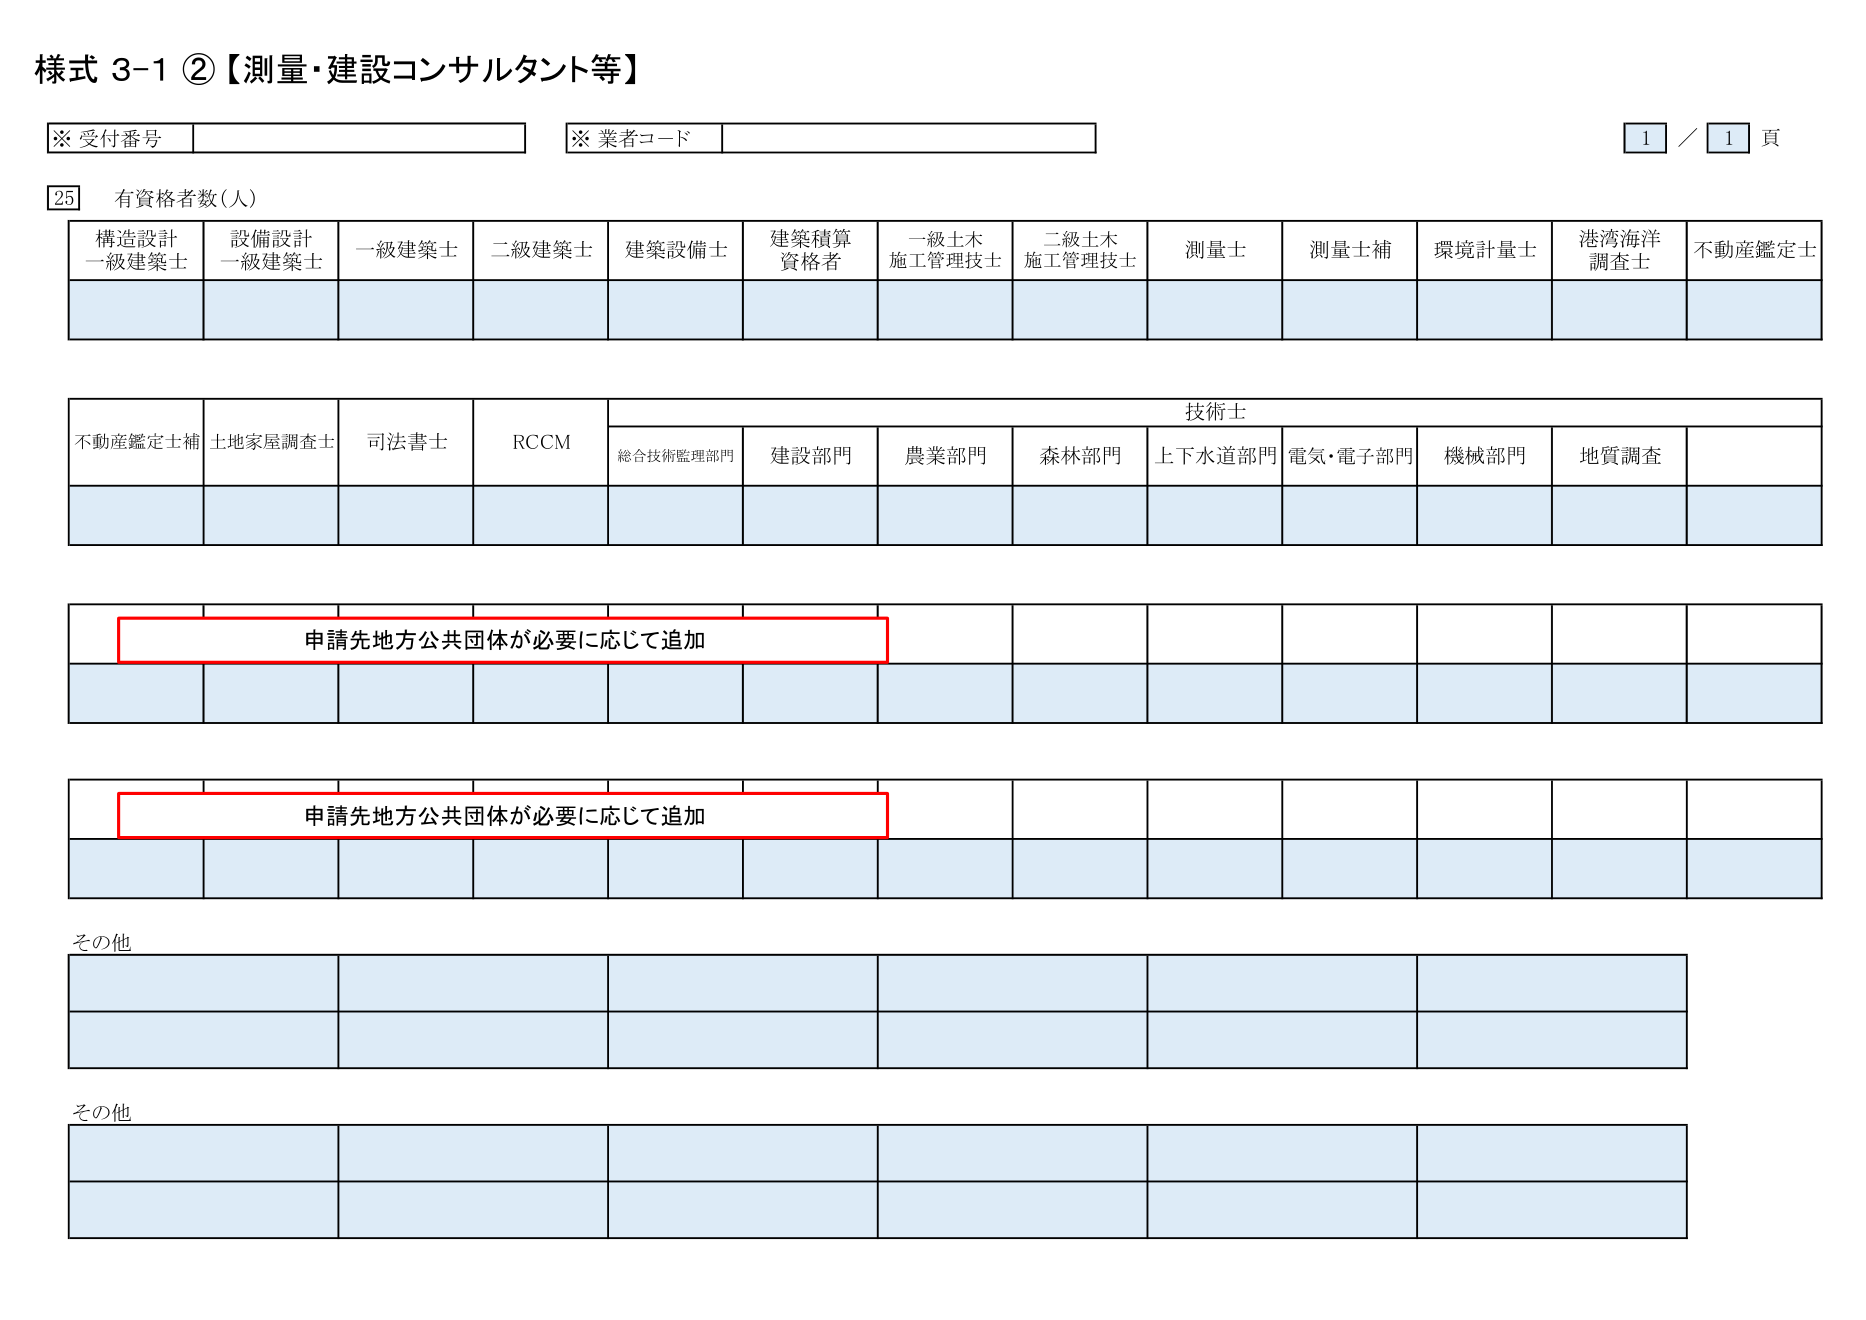
様式 3-1 ②【測量・建設コンサルタント等】

※ 受付番号
※ 業者コード
1 / 1 頁

25 有資格者数（人）

構造設計
一級建築士
設備設計
一級建築士
一級建築士
二級建築士
建築設備士
建築積算
資格者
一級土木
施工管理技士
二級土木
施工管理技士
測量士
測量士補
環境計量士
港湾海洋
調査士
不動産鑑定士

不動産鑑定士補
土地家屋調査士
司法書士
RCCM
技術士
総合技術監理部門
建設部門
農業部門
森林部門
上下水道部門
電気・電子部門
機械部門
地質調査

申請先地方公共団体が必要に応じて追加

申請先地方公共団体が必要に応じて追加

その他

その他